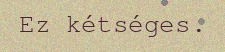
Ez kétséges.